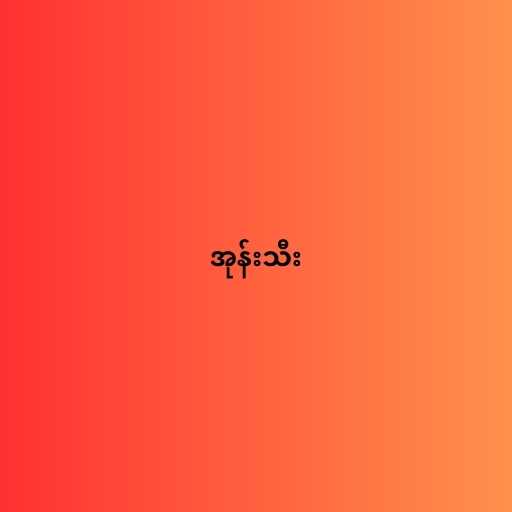
အုန်းသီး